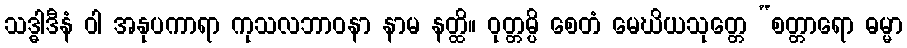
သဒ္ဓါဒီနံ ဝါ အနုပကာရာ ကုသလဘာဝနာ နာမ နတ္ထိ။ ဝုတ္တမ္ပိ စေတံ မေဃိယသုတ္တေ “စတ္တာရော ဓမ္မာ